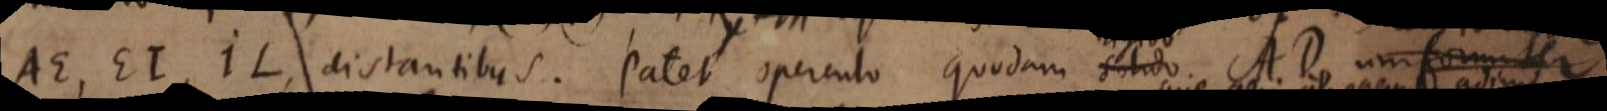
AE, EI, IL, distantibus. Patet operculo quodam solido AD